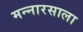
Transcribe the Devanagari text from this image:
मन्नारसाला